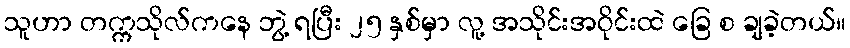
သူဟာ တက္ကသိုလ်ကနေ ဘွဲ့ ရပြီး ၂၅ နှစ်မှာ လူ့ အသိုင်းအဝိုင်းထဲ ခြေ စ ချခဲ့တယ်။